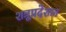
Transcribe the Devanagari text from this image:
शत्रूप्रदेशात